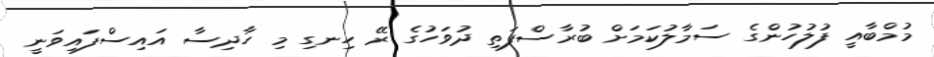
މުމްބާއީ ފުލުހުންގެ ސަމާލުކަމަށް ބުރާސްފަތި ދުވަހުގެ ރޭ ހިނގި މި ހާދިސާ އައިސްފައިވަނީ